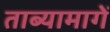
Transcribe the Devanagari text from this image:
ताब्यामागें